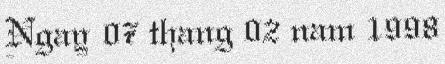
Ngay 07 thang 02 nam 1998